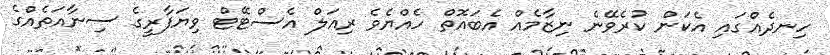
ހިނދެއްގައި އެކަން ކުރެވޭނެ ނިޒާމެއް އެބައޮތް ހެއްޔެވެ ރިއަލް އެސްޓޭޓް ވިޔަފާރީގެ ސިނާއަތެއްގެ